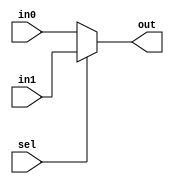
module mux_2x1 #(parameter WIDTH = 4)(
    input sel,
    input [WIDTH - 1 : 0] in0, in1,
    output [WIDTH - 1 : 0] out
);

    assign out = (sel) ? in1 : in0;
endmodule